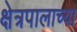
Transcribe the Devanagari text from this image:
क्षेत्रपालाच्या